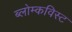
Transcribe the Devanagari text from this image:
ब्लोम्कविस्ट